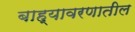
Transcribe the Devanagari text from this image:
बाह्यावरणातील